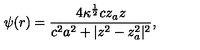
\psi ( r ) = { \frac { 4 \kappa ^ { { \frac { 1 } { 2 } } } c z _ { a } z } { c ^ { 2 } a ^ { 2 } + | z ^ { 2 } - z _ { a } ^ { 2 } | ^ { 2 } } } ,